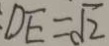
D E = \sqrt { 2 }